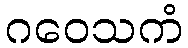
ဂဝေသကံ